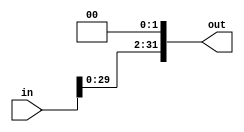
module sll
		#(parameter offset = 2,
		parameter inSize = 32,
		parameter outSize = 32)
		(in, out);
	
	input wire [inSize - 1:0] in;
	output wire [outSize - 1:0] out;

	assign out = in <<< offset;
endmodule